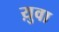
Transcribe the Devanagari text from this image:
य़ुवा